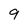
Character: 9